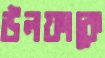
উলফাকে